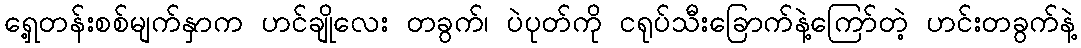
ရှေ့တန်းစစ်မျက်နှာက ဟင်ချိုလေး တခွက်၊ ပဲပုတ်ကို ငရုပ်သီးခြောက်နဲ့ကြော်တဲ့ ဟင်းတခွက်နဲ့